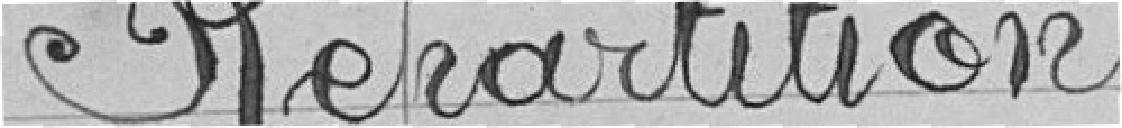
Répartition